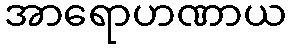
အာရောဟဏာယ